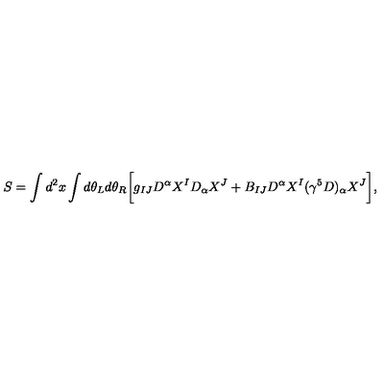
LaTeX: S = \int d ^ { 2 } x \int d \theta _ { L } d \theta _ { R } \biggl [ g _ { I J } D ^ { \alpha } X ^ { I } D _ { \alpha } X ^ { J } + B _ { I J } D ^ { \alpha } X ^ { I } ( \gamma ^ { 5 } D ) _ { \alpha } X ^ { J } \biggr ] ,